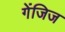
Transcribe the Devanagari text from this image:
गेंजिज